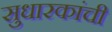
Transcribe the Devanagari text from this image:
सुधारकांची